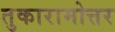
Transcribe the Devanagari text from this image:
तुकारामोत्तर